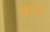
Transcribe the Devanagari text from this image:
दांड